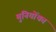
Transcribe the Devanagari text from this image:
मुनियोंका